Plague in India, 1896, 1897 - Volume 1
Year: 1896
Disease focus: Plague
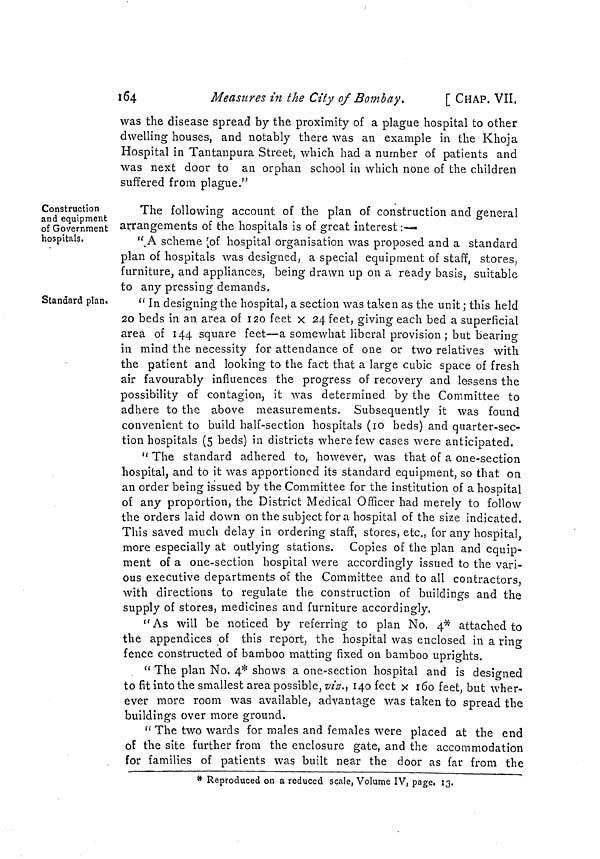
ï64
Measures in the City of Bombay.
[ CHAP. VII,
was the disease spread by the proximity of a plague hospital to other
dwelling houses, and notably there was an example in the Khoja
Hospital in Tantanpura Street, which had a number of patients and
was next door to an orphan school in which none of the children
suffered from plague."
Construction
and equipment
of Government
hospitals.
The following account of the plan of construction and general
arrangements of the hospitals is of great interest :—
"A scheme [of hospital organisation was proposed and a standard
plan of hospitals was designed, a special equipment of staff, stores,
furniture, and appliances, being drawn up on a ready basis, suitable
to any pressing demands.
Standard plan.
" In designing the hospital, a section was taken as the unit ; this held
20 beds in an area of 120 feet x 24 feet, giving each bed a superficial
area of 144 square feet—a somewhat liberal provision ; but bearing
in mind the necessity for attendance of one or two relatives with
the patient and looking to the fact that a large cubic space of fresh
air favourably influences the progress of recovery and lessens the
possibility of contagion, it was determined by the Committee to
adhere to the above measurements. Subsequently it was found
convenient to build half-section hospitals (10 beds) and quarter-sec-
tion hospitals (5 beds) in districts where few cases were anticipated.
" The standard adhered to, however, was that of a one-section
hospital, and to it was apportioned its standard equipment, so that on
an order being issued by the Committee for the institution of a hospital
of any proportion, the District Medical Officer had merely to follow
the orders laid down on the subject for a hospital of the size indicated.
This saved much delay in ordering staff, stores, etc., for any hospital,
more especially at outlying stations. Copies of the plan and equip-
ment of a one-section hospital were accordingly issued to the vari-
ous executive departments of the Committee and to all contractors,
with directions to regulate the construction of buildings and the
supply of stores, medicines and furniture accordingly.
" As will be noticed by referring to plan No. 4* attached to
the appendices of this report, the hospital was enclosed in a ring
fence constructed of bamboo matting fixed on bamboo uprights.
" The plan No. 4* shows a one-section hospital and is designed
to fit into the smallest area possible, viz., 140 feet x 160 feet, but wher-
ever more room was available, advantage was taken to spread the
buildings over more ground.
" The two wards for males and females were placed at the end
of the site further from the enclosure gate, and the accommodation
for families of patients was built near the door as far from the
* Reproduced on a reduced scale, Volume IV, page. 13.